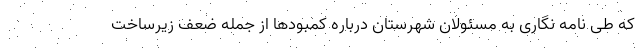
که طی نامه نگاری به مسئولان شهرستان درباره کمبودها از جمله ضعف زیرساخت